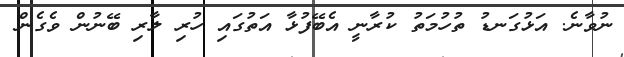
ނުވާނެ. އަޅުގަނޑު ތުހުމަތު ކުރާނީ އެބޭފުޅާ އަތުގައި ހުރި ލާރި ބޭނުން ވެގެން